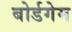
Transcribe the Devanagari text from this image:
बोर्डगेम